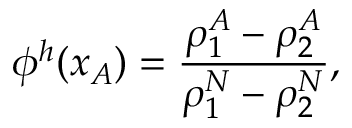
\phi ^ { h } ( x _ { A } ) = \frac { \rho _ { 1 } ^ { A } - \rho _ { 2 } ^ { A } } { \rho _ { 1 } ^ { N } - \rho _ { 2 } ^ { N } } ,